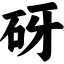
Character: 砑